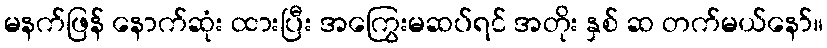
မနက်ဖြန် နောက်ဆုံး ထားပြီး အကြွေးမဆပ်ရင် အတိုး နှစ် ဆ တက်မယ်နော်။